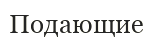
Подающие